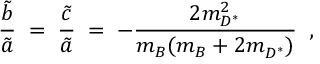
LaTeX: \frac { \tilde { b } } { \tilde { a } } \; = \; \frac { \tilde { c } } { \tilde { a } } \; = \; - \frac { 2 m _ { D ^ { * } } ^ { 2 } } { m _ { B } ^ { ~ } ( m _ { B } ^ { ~ } + 2 m _ { D ^ { * } } ^ { ~ } ) } \; \; ,